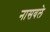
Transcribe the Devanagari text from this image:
नासवले